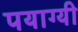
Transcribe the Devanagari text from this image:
पयाग्यी